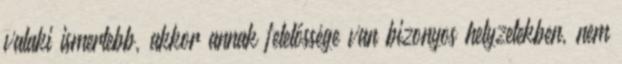
valaki ismertebb, akkor annak felelőssége van bizonyos helyzetekben, nem